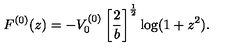
F ^ { ( 0 ) } ( z ) = - V _ { 0 } ^ { ( 0 ) } \left[ \frac { 2 } { b } \right] ^ { \frac { 1 } { 2 } } \log ( 1 + z ^ { 2 } ) .